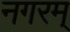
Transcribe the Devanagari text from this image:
नगरम्